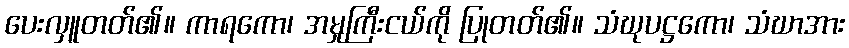
ပေးလှူတတ်၏။ ကာရကော၊ အမှုကြီးငယ်ကို ပြုတတ်၏။ သံဃုပဋ္ဌကော၊ သံဃာအား